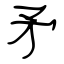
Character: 矛